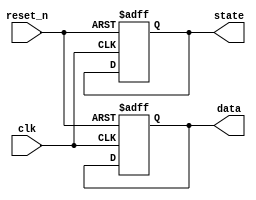
module initialization_example (
    input wire clk,          // Clock signal
    input wire reset_n,      // Active-low reset signal
    output reg [7:0] data,   // 8-bit data register
    output reg [3:0] state   // 4-bit state register
);

// State encoding
localparam STATE_IDLE = 4'b0000;
localparam STATE_ACTIVE = 4'b0001;

// Initialization Block
always @(posedge clk or negedge reset_n) begin
    if (!reset_n) begin
        // Reset condition: Initialize registers to known values
        data <= 8'b00000000;    // Initialize data to 0
        state <= STATE_IDLE;     // Set state to IDLE
    end else begin
        // Main operation logic can go here
        // For example, you might update the data and state based on some conditions
        // data <= ...; // Update data based on some logic
        // state <= ...; // Update state based on some logic
    end
end

endmodule